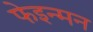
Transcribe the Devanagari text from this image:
फेइन्मन